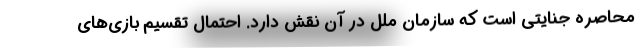
محاصره جنایتی است که سازمان ملل در آن نقش دارد. احتمال تقسیم بازی‌های